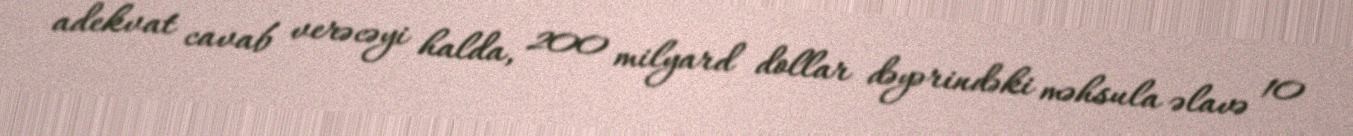
adekvat cavab verəcəyi halda, 200 milyard dollar dəyərindəki məhsula əlavə 10